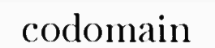
codomain